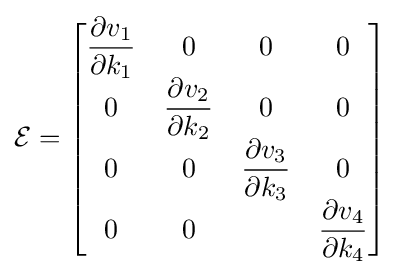
{\mathcal {E}}={\begin{bmatrix}{\dfrac {\partial v_{1}}{\partial k_{1}}}&0&0&0\\0&{\dfrac {\partial v_{2}}{\partial k_{2}}}&0&0\\0&0&{\dfrac {\partial v_{3}}{\partial k_{3}}}&0\\0&0&&{\dfrac {\partial v_{4}}{\partial k_{4}}}\\\end{bmatrix}}